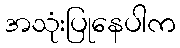
အသုံးပြုနေပါက